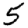
Digit: 5